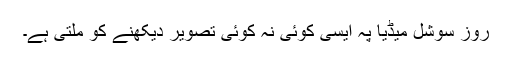
روز سوشل میڈیا پہ ایسی کوئی نہ کوئی تصویر دیکھنے کو ملتی ہے۔